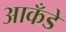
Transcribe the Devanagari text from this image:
आकँडे